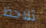
تلاحظ